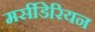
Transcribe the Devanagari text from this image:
मर्सीडेरियन